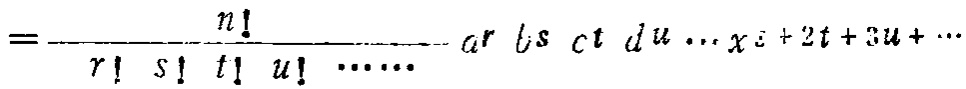
\[=\frac{n!}{r! \ s! \ t! \ u! \ \cdots\cdots}a^{r}b^{s}c^{t}d^{u}\cdots x^{i + 2t+3u+\cdots}\]